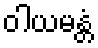
ဝါယမန္တံ